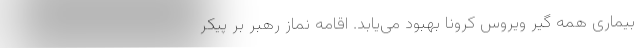
بیماری همه گیر ویروس کرونا بهبود می‌یابد. اقامه نماز رهبر بر پیکر